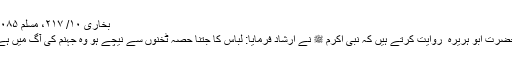
بخاری ۱۰/ ۲۱۷، مسلم ۲۰۸۵
حضرت ابو ہریرہ ؓ روایت کرتے ہیں کہ نبی اکرم ﷺ نے ارشاد فرمایا: لباس کا جتنا حصہ ٹخنوں سے نیچے ہو وہ جہنم کی آگ میں ہے۔